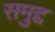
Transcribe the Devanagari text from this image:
समुद्द